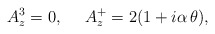
\begin{align*}A^3_z=0, \ \ \ \ A^+_z=2(1 + i \alpha \, \theta),\end{align*}